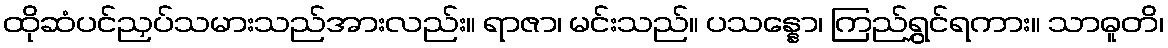
ထိုဆံပင်ညှပ်သမားသည်အားလည်း။ ရာဇာ၊ မင်းသည်။ ပသန္နော၊ ကြည်ရွှင်ရကား။ သာဓူတိ၊